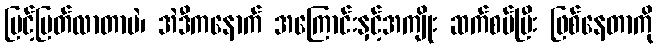
မြင့်မြတ်လာတာပဲ၊ အဲဒီကနောက် အကြောင်းနှင့်အကျိုး ဆက်စပ်ပြီး ဖြစ်နေတာကို